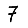
Digit: 7